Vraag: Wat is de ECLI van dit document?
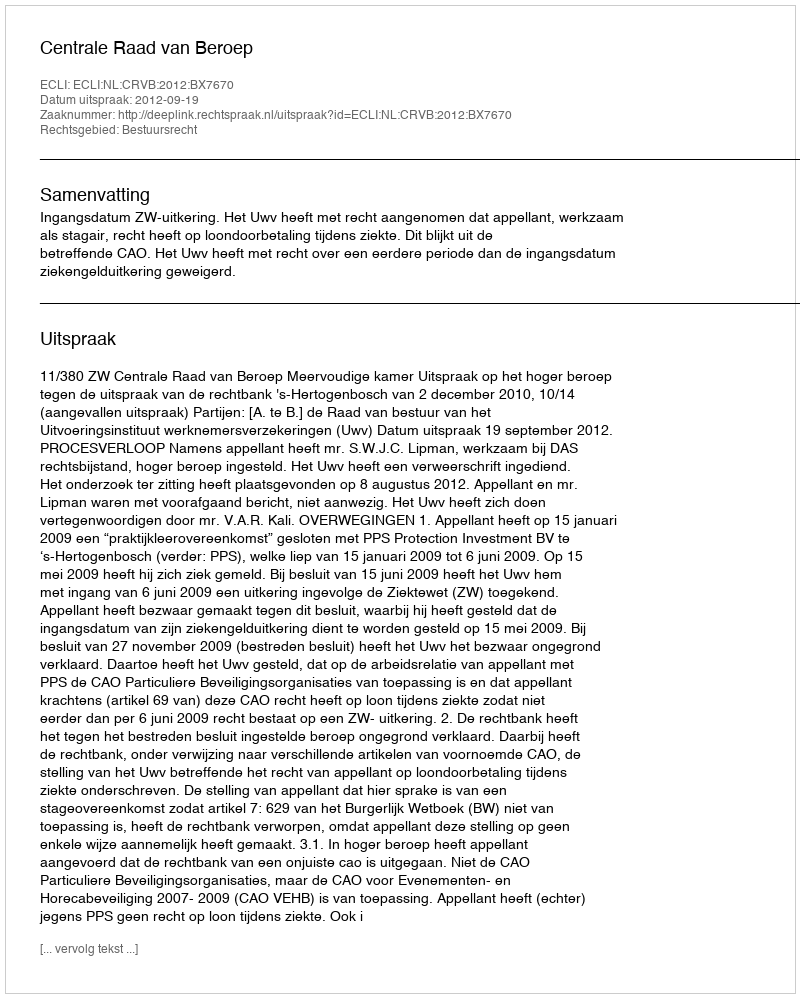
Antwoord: ECLI:NL:CRVB:2012:BX7670